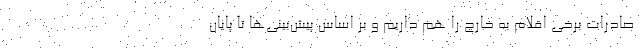
صادرات برخی اقلام به خارج را هم داریم و بر اساس پیش‌بینی‌ها تا پایان